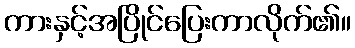
ကားနှင့်အပြိုင်ပြေးကာလိုက်၏။